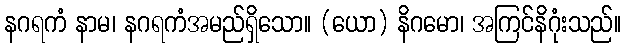
နဂရကံ နာမ၊ နဂရကံအမည်ရှိသော။ (ယော) နိဂမော၊ အကြင်နိဂုံးသည်။